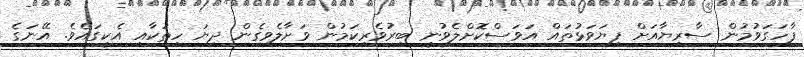
ފާހަގަވުމުން ސާރިޔާއަށް ފިޔަވަޅުތައް އަވަސްކޮށްލެވުނީ ބިރުވެރިކަމުން ވަށާލެވިގެން ދިޔަ ހިތަކާއި އެކީގައެވެ. އޭނަގެ